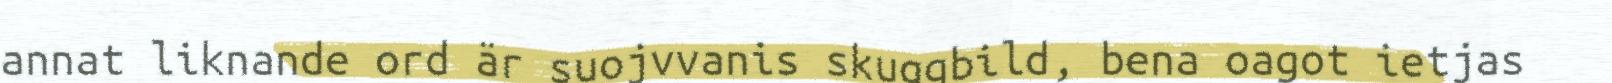
annat liknande ord är suojvvanis skuggbild, bena oagot ietjas